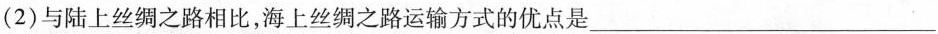
(2)与陆上丝绸之路相比，海上丝绸之路运输方式的优点是___。(1分)